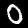
Label: 0